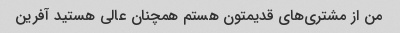
من از مشتری‌های قدیمتون هستم همچنان عالی هستید آفرین